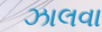
ઝાલવા